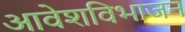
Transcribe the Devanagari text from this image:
आवेशविभाजन